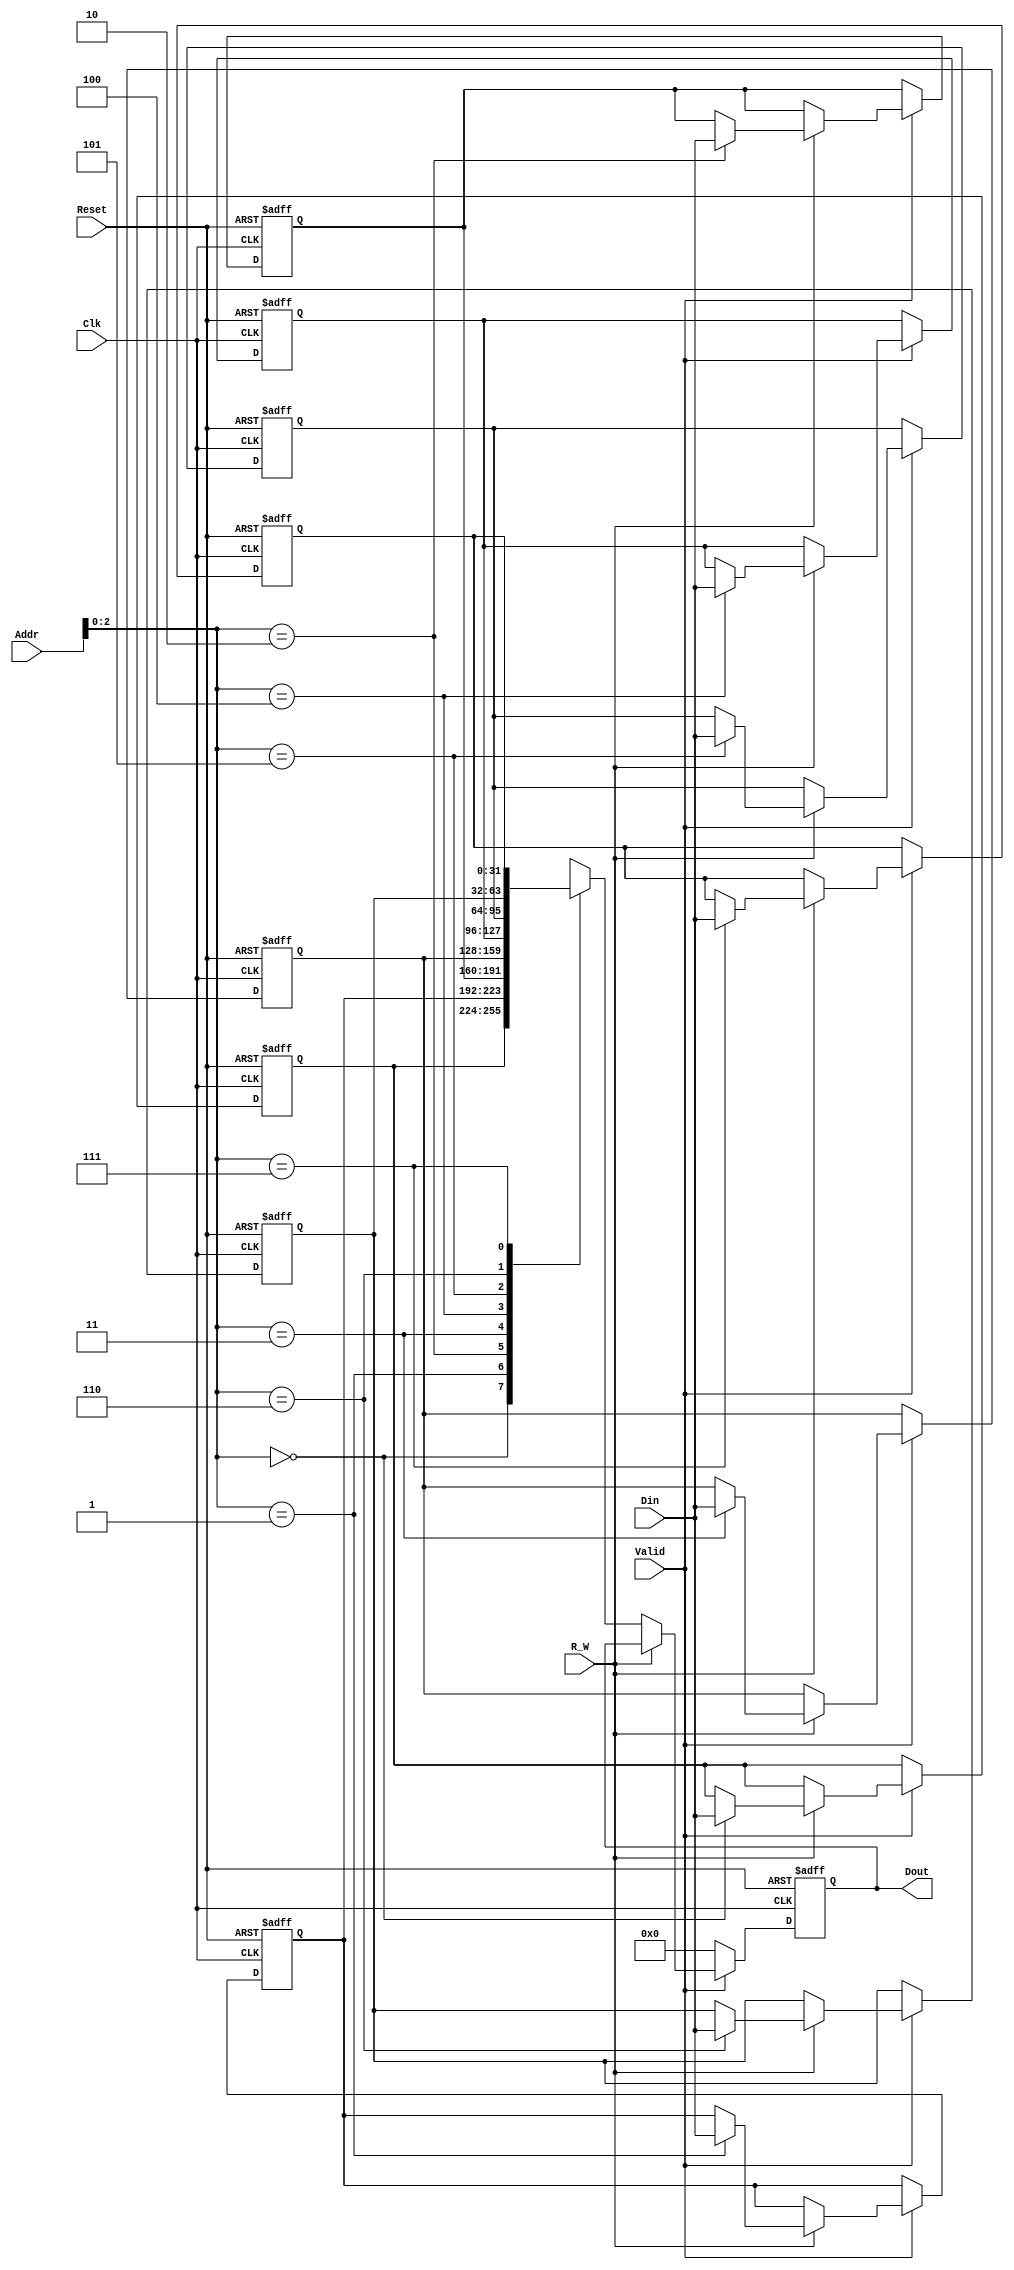
module Memory #(parameter WIDTH=8, DinLENGTH=32) (
    input Clk,
    input Reset,
    input Valid,
    input R_W,
    input [WIDTH-1:0] Addr,
    input [DinLENGTH-1:0] Din,
    output [DinLENGTH-1:0] Dout
);

    integer i;
    reg [DinLENGTH-1:0] memory [0:WIDTH-1];
    reg [DinLENGTH-1:0] dout_reg;
    
    always @(posedge Clk, posedge Reset) begin
        if (Reset) begin
            for (i = 0; i < WIDTH; i = i + 1) begin
                memory[i] <= 0;
            end
            dout_reg <= 0;
        end else if (Valid) begin
            if (R_W == 0) begin
                dout_reg <= memory[Addr];
            end else begin
                memory[Addr] <= Din;
            end
        end else begin
            dout_reg <= 0;
        end
    end

    assign Dout = dout_reg;

endmodule